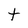
Character: t